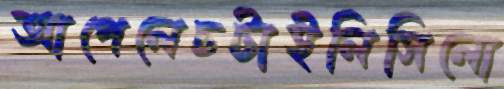
আপেলেচটাইলিসিলো